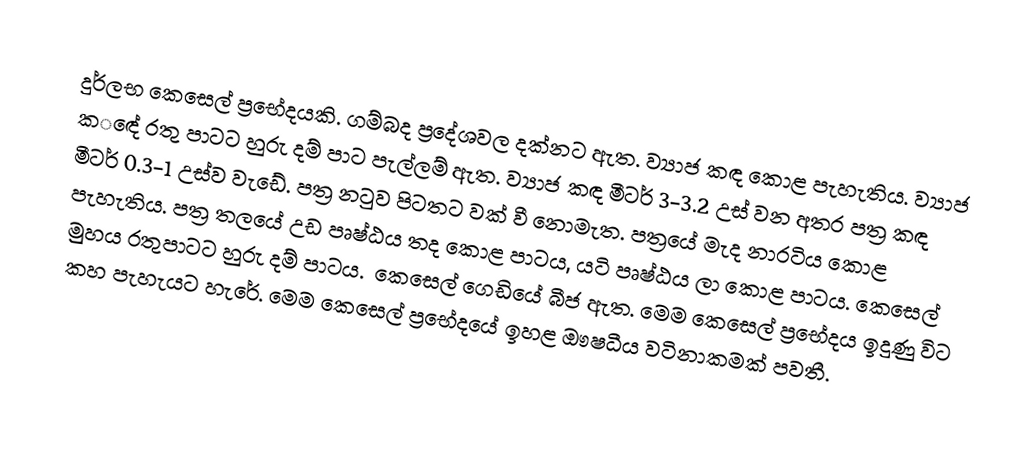
දුර්ලභ කෙසෙල් ප්‍රභේදයකි. ගම්බද ප්‍රදේශවල දක්නට ඇත. ව්‍යාජ කඳ කොළ පැහැතිය‍. ව්‍යාජ ක‌‌ඳේ රතු පාටට හුරු දම් පාට පැල්ලම් ඇත. ව්‍යාජ කඳ මීටර් 3-3.2 උස් වන අතර පත්‍ර කඳ මීටර් 0.3-1 උස්ව වැඩේ. පත්‍ර නටුව පිටතට වක් වී නොමැත. පත්‍රයේ මැද නාරටිය කොළ පැහැතිය‍. පත්‍ර තලයේ උඩ පෘෂ්ඨය තද කොළ පාටය, යටි පෘෂ්ඨය ලා කොළ පාටය. කෙසෙල් මුහය රතුපාටට හුරු දම් පාටය. ‌ කෙසෙල් ‌ගෙඩියේ බීජ ඇත. මෙම කෙසෙල් ප්‍රභේදය ඉදුණු විට කහ පැහැයට හැරේ. මෙම කෙසෙල් ප්‍රභේදයේ ඉහළ ඖෂධීය වටිනාකමක් පවතී.